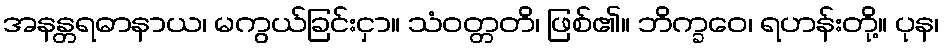
အနန္တရဓာနာယ၊ မကွယ်ခြင်းငှာ။ သံဝတ္တတိ၊ ဖြစ်၏။ ဘိက္ခဝေ၊ ရဟန်းတို့။ ပုန၊